Civil Veterinary Dept. North-West Frontier Province 1933-46 - 1933-1946
Year: 1933
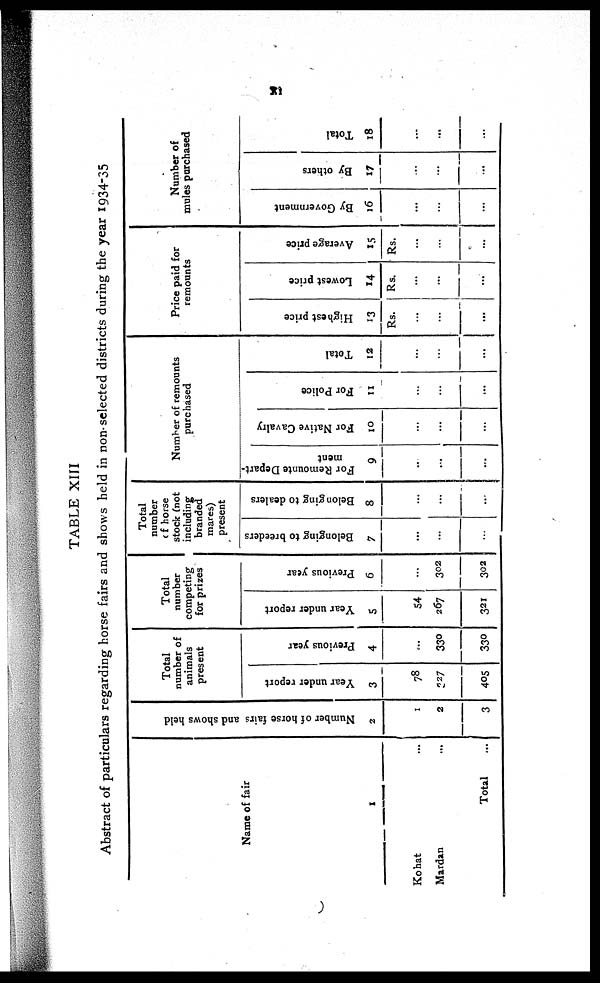
xi
TABLE XIII
Abstract of particulars regarding horse fairs and shows held in non-selected districts during the year 1934-35
Name of fair
1
Kohat...
Mardan...
Total ...
Nu mb e r of hor se fai rs and s h o ws hel d
2
1
2
3
Total
number of
animals
present
Year under report
3
78
327
405
Previous year
4
...
330
330
Total
number
competing
for prizes
Year under report
5
54
267
321
Previous year
6
...
302
302
Total
number
of horse
stock (not
including
branded
mares)
present
Belonging to breeders
7
...
...
...
Belonging to dealers
8
...
...
...
Number of remounts
purchased
For Remounte Depart-
ment.
9
..
...
...
For Native Cavalry
10
...
...
...
For Police
11
...
...
...
Total
12
...
...
...
Price paid for
remounts
Highest price
13
Rs.
...
...
...
Lowest price
14
Rs.
...
...
...
Average price
15
Rs.
...
...
...
Number of
mules purchased
By Government
16
...
...
...
By others
17
...
...
...
Total
18
...
...
...